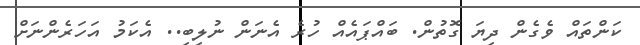
ކަންތައް ވެެގެން ދިޔަ ގޮތުން. ބައްޕައެއް ހުރެ އެނަން ނުލިބި.. އެކަމު އަހަރެންނަށް